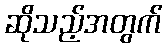
ဆိုသည့်အတွက်